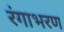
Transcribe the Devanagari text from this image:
रंगाभरण